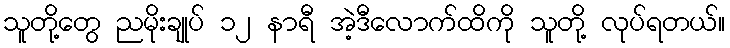
သူတို့တွေ ညမိုးချုပ် ၁၂ နာရီ အဲ့ဒီလောက်ထိကို သူတို့ လုပ်ရတယ်။